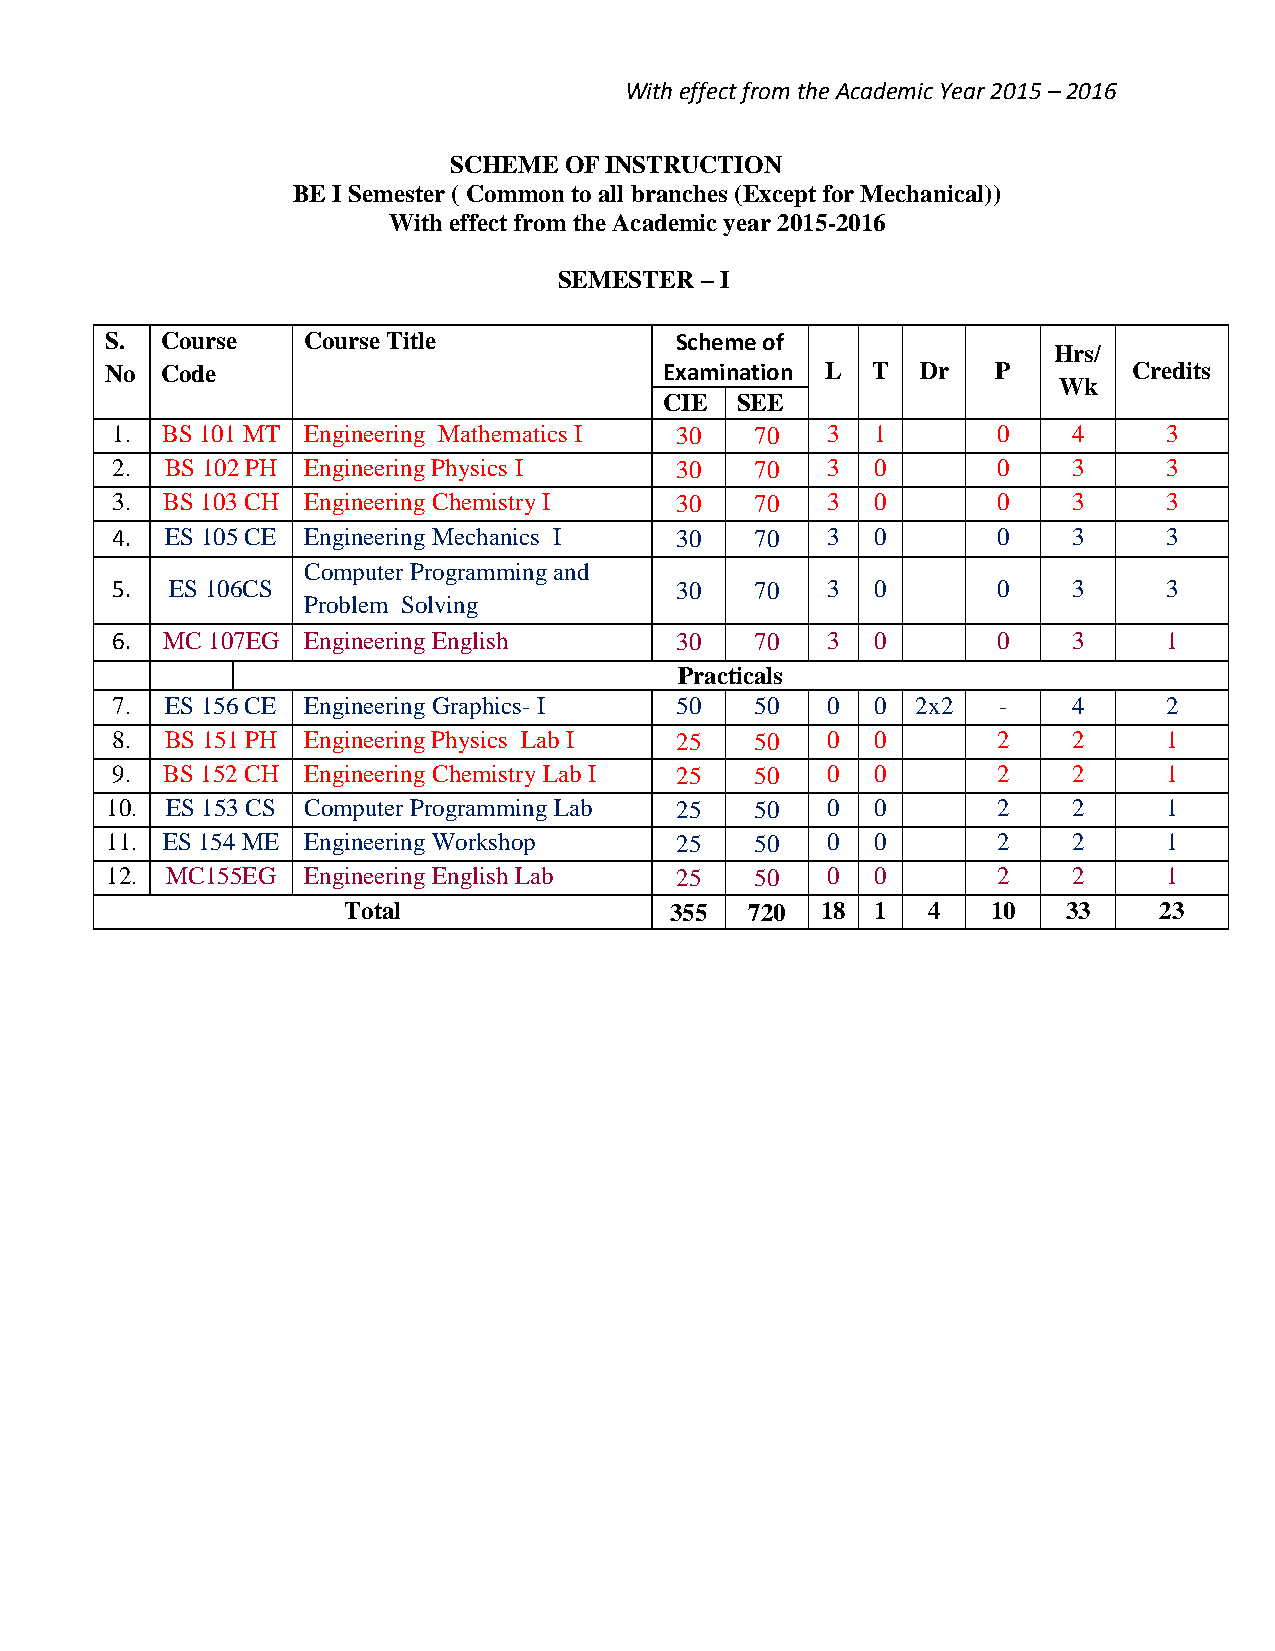
With effect from the Academic Year 2015 – 2016
 SCHEME OF INSTRUCTION
 BE I Semester ( Common to all branches (Except for Mechanical))
 With effect from the Academic year 2015-2016
 SEMESTER – I
 S.  Course   Course Title             Scheme of
 Hrs/
 No  Code                             Examination L T  Dr   P        Credits
 Wk
 CIE  SEE
 1.  BS 101 MT Engineering Mathematics I 30 70   3  1       0    4     3
 2.  BS 102 PH Engineering Physics I   30   70   3  0       0    3     3
 3.  BS 103 CH Engineering Chemistry I 30   70   3  0       0    3     3
 4.  ES 105 CE Engineering Mechanics I 30   70   3  0       0    3     3
 Computer Programming and
 5.  ES 106CS                          30   70   3  0       0    3     3
 Problem Solving
 6.  MC 107EG Engineering English      30   70   3  0       0    3     1
 Practicals
 7.  ES 156 CE Engineering Graphics- I 50   50   0  0  2x2  -    4     2
 8.  BS 151 PH Engineering Physics Lab I 25 50   0  0       2    2     1
 9.  BS 152 CH Engineering Chemistry Lab I 25 50 0  0       2    2     1
 10. ES 153 CS Computer Programming Lab 25  50   0  0       2    2     1
 11. ES 154 ME Engineering Workshop    25   50   0  0       2    2     1
 12. MC155EG  Engineering English Lab  25   50   0  0       2    2     1
 Total                355   720 18  1  4    10   33    23